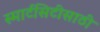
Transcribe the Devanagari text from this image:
स्मार्टसिटीसाठी